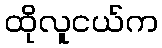
ထိုလူငယ်က